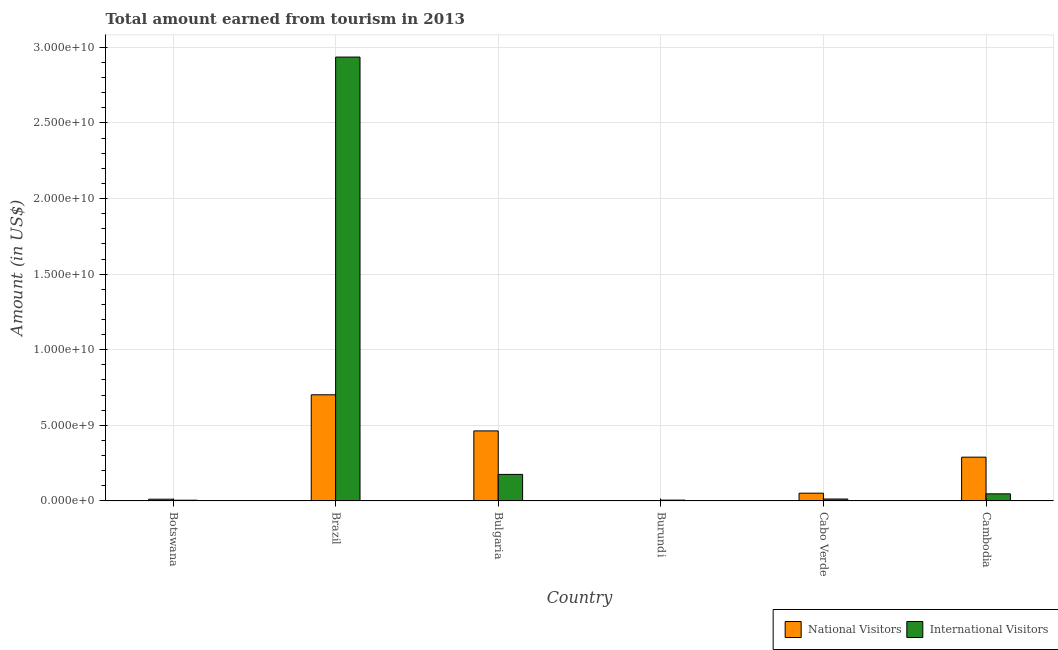
| Country | National Visitors | International Visitors |
 | --- | --- | --- |
 | Botswana | 1.13e+08 | 4.72e+07 |
 | Brazil | 7.02e+09 | 2.94e+10 |
 | Bulgaria | 4.63e+09 | 1.76e+09 |
 | Burundi | 3.09e+06 | 5.4e+07 |
 | Cabo Verde | 5.12e+08 | 1.26e+08 |
 | Cambodia | 2.9e+09 | 4.69e+08 |